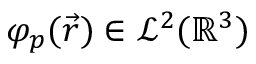
\varphi _ { p } ( \vec { r } ) \in \mathcal { L } ^ { 2 } ( \mathbb { R } ^ { 3 } )